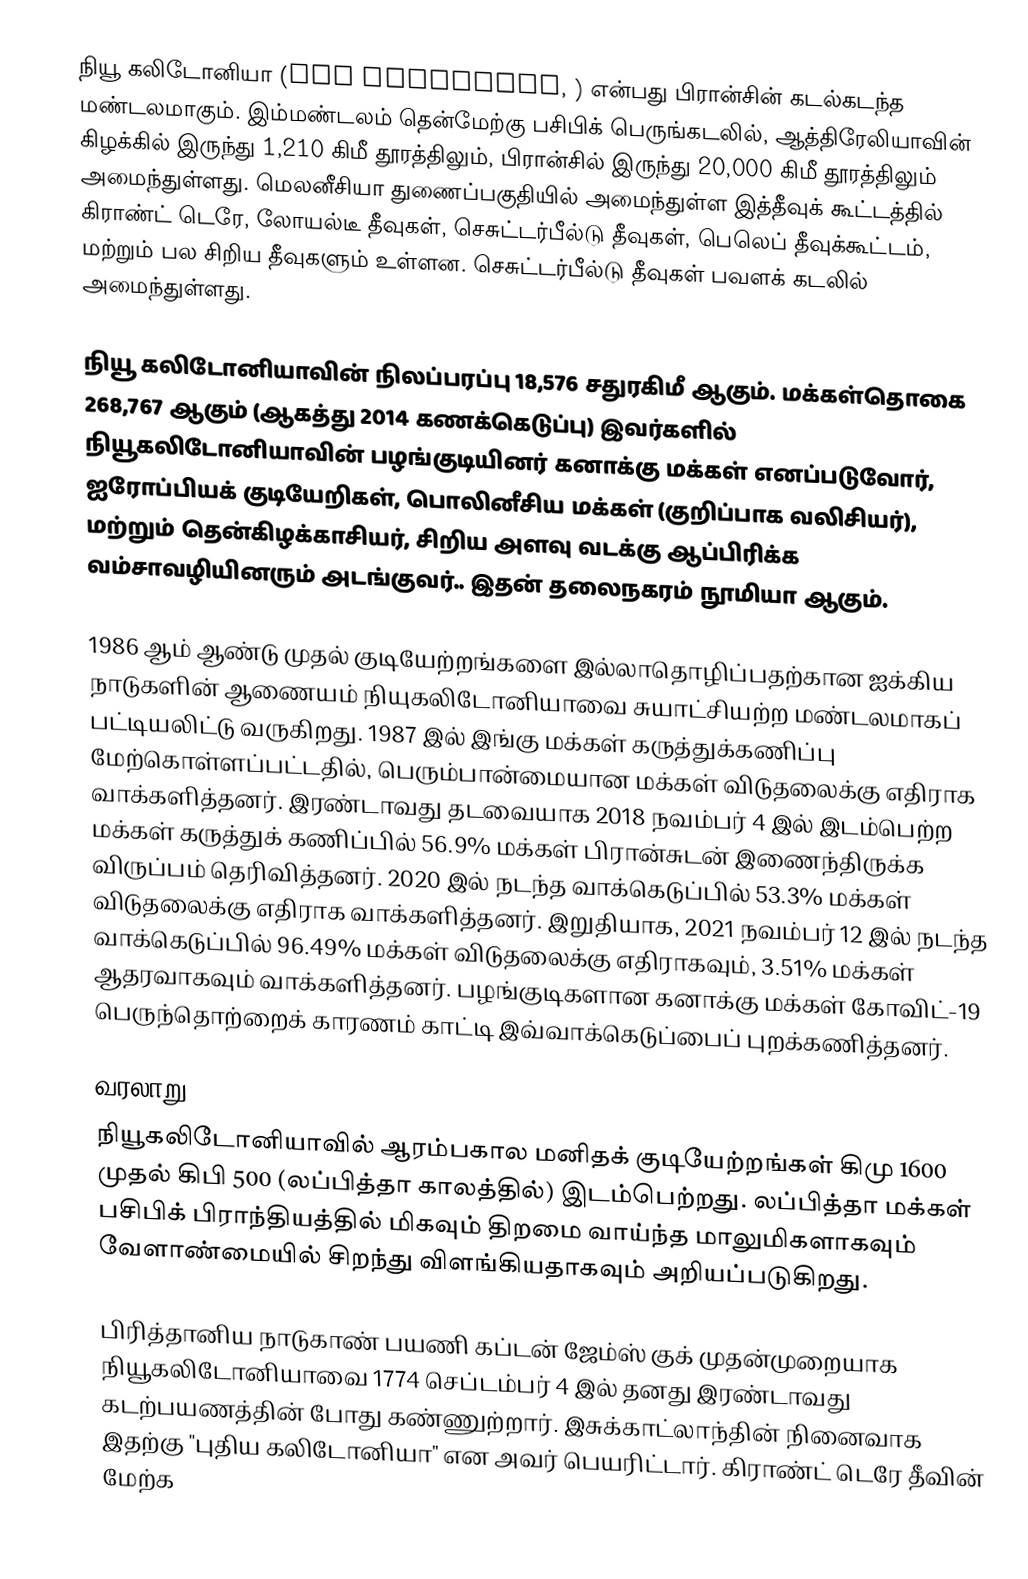
நியூ கலிடோனியா (New Caledonia, ) என்பது பிரான்சின் கடல்கடந்த மண்டலமாகும். இம்மண்டலம் தென்மேற்கு பசிபிக் பெருங்கடலில், ஆத்திரேலியாவின் கிழக்கில் இருந்து 1,210 கிமீ தூரத்திலும், பிரான்சில் இருந்து 20,000 கிமீ தூரத்திலும் அமைந்துள்ளது. மெலனீசியா துணைப்பகுதியில் அமைந்துள்ள இத்தீவுக் கூட்டத்தில் கிராண்ட் டெரே, லோயல்டீ தீவுகள், செசுட்டர்பீல்டு தீவுகள், பெலெப் தீவுக்கூட்டம், மற்றும் பல சிறிய தீவுகளும் உள்ளன. செசுட்டர்பீல்டு தீவுகள் பவளக் கடலில் அமைந்துள்ளது.

நியூ கலிடோனியாவின் நிலப்பரப்பு 18,576 சதுரகிமீ ஆகும். மக்கள்தொகை 268,767 ஆகும் (ஆகத்து 2014 கணக்கெடுப்பு) இவர்களில் நியூகலிடோனியாவின் பழங்குடியினர் கனாக்கு மக்கள் எனப்படுவோர், ஐரோப்பியக் குடியேறிகள், பொலினீசிய மக்கள் (குறிப்பாக வலிசியர்), மற்றும் தென்கிழக்காசியர், சிறிய அளவு வடக்கு ஆப்பிரிக்க வம்சாவழியினரும் அடங்குவர்.. இதன் தலைநகரம் நூமியா ஆகும்.

1986 ஆம் ஆண்டு முதல் குடியேற்றங்களை இல்லாதொழிப்பதற்கான ஐக்கிய நாடுகளின் ஆணையம் நியுகலிடோனியாவை சுயாட்சியற்ற மண்டலமாகப் பட்டியலிட்டு வருகிறது. 1987 இல் இங்கு மக்கள் கருத்துக்கணிப்பு மேற்கொள்ளப்பட்டதில், பெரும்பான்மையான மக்கள் விடுதலைக்கு எதிராக வாக்களித்தனர். இரண்டாவது தடவையாக 2018 நவம்பர் 4 இல் இடம்பெற்ற மக்கள் கருத்துக் கணிப்பில் 56.9% மக்கள் பிரான்சுடன் இணைந்திருக்க விருப்பம் தெரிவித்தனர். 2020 இல் நடந்த வாக்கெடுப்பில் 53.3% மக்கள் விடுதலைக்கு எதிராக வாக்களித்தனர். இறுதியாக, 2021 நவம்பர் 12 இல் நடந்த வாக்கெடுப்பில் 96.49% மக்கள் விடுதலைக்கு எதிராகவும், 3.51% மக்கள் ஆதரவாகவும் வாக்களித்தனர். பழங்குடிகளான கனாக்கு மக்கள் கோவிட்-19 பெருந்தொற்றைக் காரணம் காட்டி இவ்வாக்கெடுப்பைப் புறக்கணித்தனர்.

வரலாறு
நியூகலிடோனியாவில் ஆரம்பகால மனிதக் குடியேற்றங்கள் கிமு 1600 முதல் கிபி 500 (லப்பித்தா காலத்தில்) இடம்பெற்றது. லப்பித்தா மக்கள் பசிபிக் பிராந்தியத்தில் மிகவும் திறமை வாய்ந்த மாலுமிகளாகவும் வேளாண்மையில் சிறந்து விளங்கியதாகவும் அறியப்படுகிறது.

பிரித்தானிய நாடுகாண் பயணி கப்டன் ஜேம்ஸ் குக் முதன்முறையாக நியூகலிடோனியாவை 1774 செப்டம்பர் 4 இல் தனது இரண்டாவது கடற்பயணத்தின் போது கண்ணுற்றார். இசுக்காட்லாந்தின் நினைவாக இதற்கு "புதிய கலிடோனியா" என அவர் பெயரிட்டார். கிராண்ட் டெரே தீவின் மேற்க